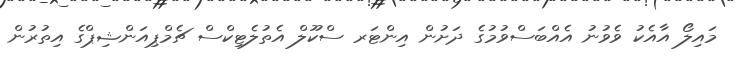
މައިލޯ އާއެކު ވެވުނު އެއްބަސްވުމުގެ ދަށުން އިންޓަރ ސްކޫލް އެތުލެޓިކްސް ޗެމްޕިއަންޝިޕްގެ އިތުރުން